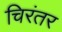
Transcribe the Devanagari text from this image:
चिरंतर